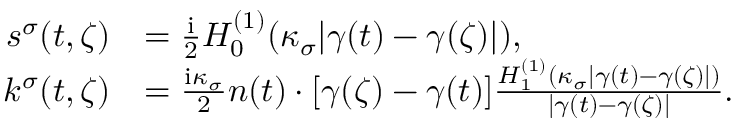
\begin{array} { r l } { s ^ { \sigma } ( t , \zeta ) } & { = \frac { \mathrm { i } } { 2 } H _ { 0 } ^ { ( 1 ) } ( \kappa _ { \sigma } | \gamma ( t ) - \gamma ( \zeta ) | ) , } \\ { k ^ { \sigma } ( t , \zeta ) } & { = \frac { \mathrm { i } \kappa _ { \sigma } } { 2 } n ( t ) \cdot [ \gamma ( \zeta ) - \gamma ( t ) ] \frac { H _ { 1 } ^ { ( 1 ) } ( \kappa _ { \sigma } | \gamma ( t ) - \gamma ( \zeta ) | ) } { | \gamma ( t ) - \gamma ( \zeta ) | } . } \end{array}